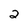
Character: 2